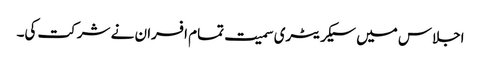
اجلاس میں سیکریٹری سمیت تمام افسران نے شرکت کی۔